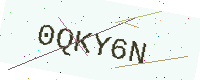
Text: 0QKY6N